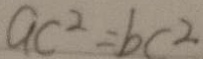
a c ^ { 2 } = b c ^ { 2 }